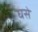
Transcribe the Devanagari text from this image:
घसे